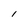
Character: l